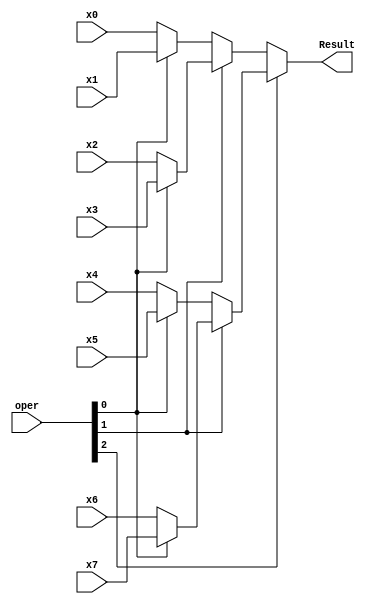
`timescale 1ns / 1ps
//////////////////////////////////////////////////////////////////////////////////
// Company: 
// Engineer: 
// 
// Design Name: 
// Module Name:    MUX8x1 
// Project Name: 
// Target Devices: 
// Tool versions: 
// Description: 
//
// Dependencies: 
//
// Revision: 
// Revision 0.01 - File Created
// Additional Comments: 
//
//////////////////////////////////////////////////////////////////////////////////
module MUX8x1(
output [31:0] Result,
input [2:0] oper,
input [31:0] x0,
input [31:0] x1,
input [31:0] x2,
input [31:0] x3,
input [31:0] x4,
input [31:0] x5,
input [31:0] x6,
input [31:0] x7
);

assign Result = oper[2]?(oper[1]?(oper[0]?x7:x6):(oper[0]?x5:x4)):(oper[1]?(oper[0]?x3:x2):(oper[0]?x1:x0));

endmodule